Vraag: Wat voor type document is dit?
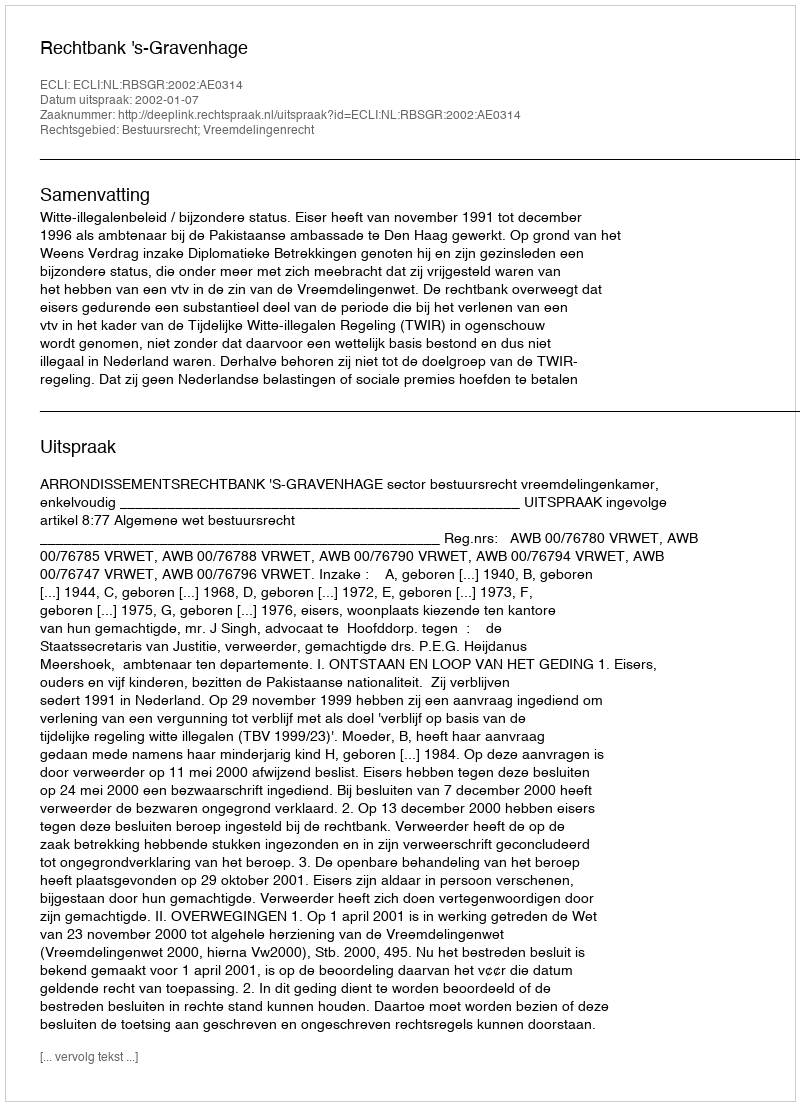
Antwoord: Uitspraak